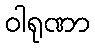
ဝါရုဏာ